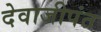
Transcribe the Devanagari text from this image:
देवाजीपंत